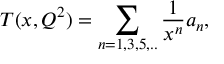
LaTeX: T ( x , Q ^ { 2 } ) = \sum _ { n = 1 , 3 , 5 , . . } \frac { 1 } { x ^ { n } } a _ { n } ,